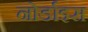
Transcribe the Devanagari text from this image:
नोर्डाइस